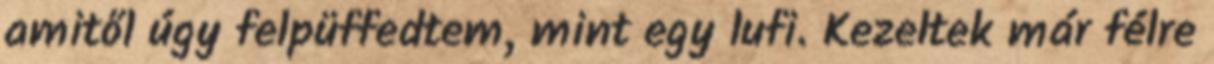
amitől úgy felpüffedtem, mint egy lufi. Kezeltek már félre